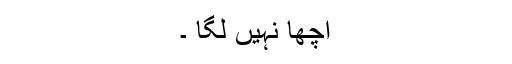
اچھا نہیں لگا ۔